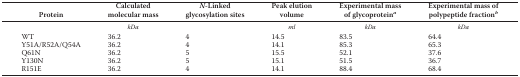
<table><thead><tr><td><b>Protein</b></td><td><b>Calculated molecular mass</b></td><td><b><i>N</i>-Linked glycosylation sites</b></td><td><b>Peak elution volume</b></td><td><b>Experimental mass of glycoprotein<i><sup>a</sup></i></b></td><td><b>Experimental mass of polypeptide fraction<i><sup>b</sup></i></b></td></tr></thead><tbody><tr><td></td><td><i>kDa</i></td><td></td><td><i>ml</i></td><td><i>kDa</i></td><td><i>kDa</i></td></tr><tr><td>WT</td><td>36.2</td><td>4</td><td>14.5</td><td>83.5</td><td>64.4</td></tr><tr><td>Y51A/R52A/Q54A</td><td>36.2</td><td>4</td><td>14.1</td><td>85.3</td><td>65.3</td></tr><tr><td>Q61N</td><td>36.2</td><td>5</td><td>15.5</td><td>52.1</td><td>37.6</td></tr><tr><td>Y130N</td><td>36.2</td><td>5</td><td>15.1</td><td>51.5</td><td>36.7</td></tr><tr><td>R151E</td><td>36.2</td><td>4</td><td>14.1</td><td>88.4</td><td>68.4</td></tr></tbody></table>